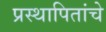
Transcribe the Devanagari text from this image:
प्रस्थापितांचे